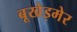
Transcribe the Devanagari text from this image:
बूखेइमेर